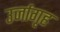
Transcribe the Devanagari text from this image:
उर्जागृह